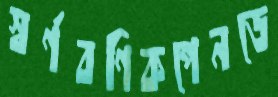
স্বর্ণবণিকপেনডে